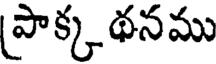
(పాక్క థనము